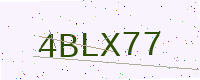
Text: 4BLX77